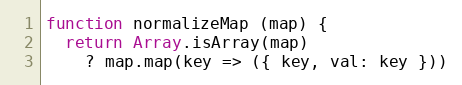
Language: JavaScript
function normalizeMap (map) {
  return Array.isArray(map)
    ? map.map(key => ({ key, val: key }))